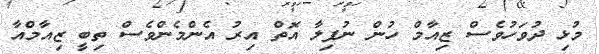
މުޅި ދުވަހުވެސް ޒިއާމް ހުން ނުފިލާ އޮތް އިރު އެންމެންވެސް ތިބީ ޒިއާމްއާ